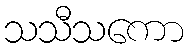
သသီသကော